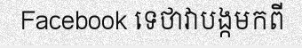
Facebook ទេថាវាបង្កមកពី